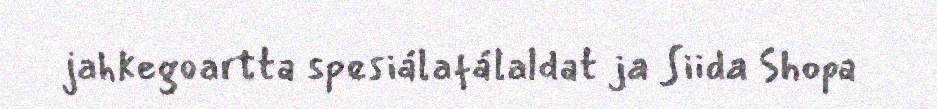
jahkegoartta spesiálafálaldat ja Siida Shopa